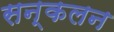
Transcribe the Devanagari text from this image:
सन्कलन